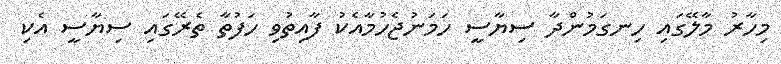
މިހާރު މާލޭގައި ހިނގަމުންދާ ސިޔާސީ ހަމަނުޖެހުމާއެކު ފާއިތުވި ހަފުތާ ތެރޭގައި ސިޔާސީ އެކި